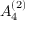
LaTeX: { A } _ { 4 } ^ { ( 2 ) }